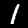
Label: 1